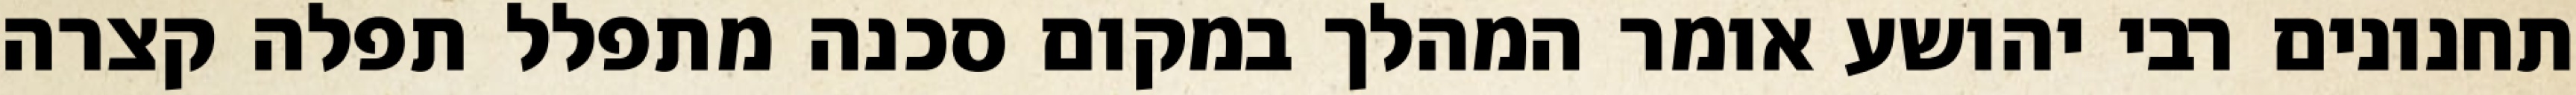
תחנונים רבי יהושע אומר המהלך במקום סכנה מתפלל תפלה קצרה